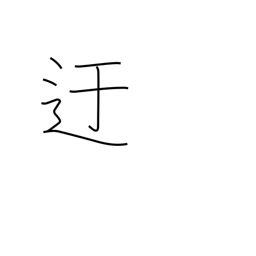
Meaning: roundabout way